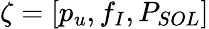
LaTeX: \zeta=[p_{u},f_{I},P_{SOL}]